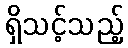
ရှိသင့်သည့်